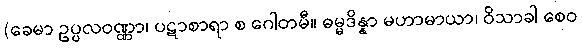
(ခေမာ ဥပ္ပလဝဏ္ဏာ၊ ပဋာစာရာ စ ဂေါတမီ။ ဓမ္မဒိန္နာ မဟာမာယာ၊ ဝိသာခါ စေဝ